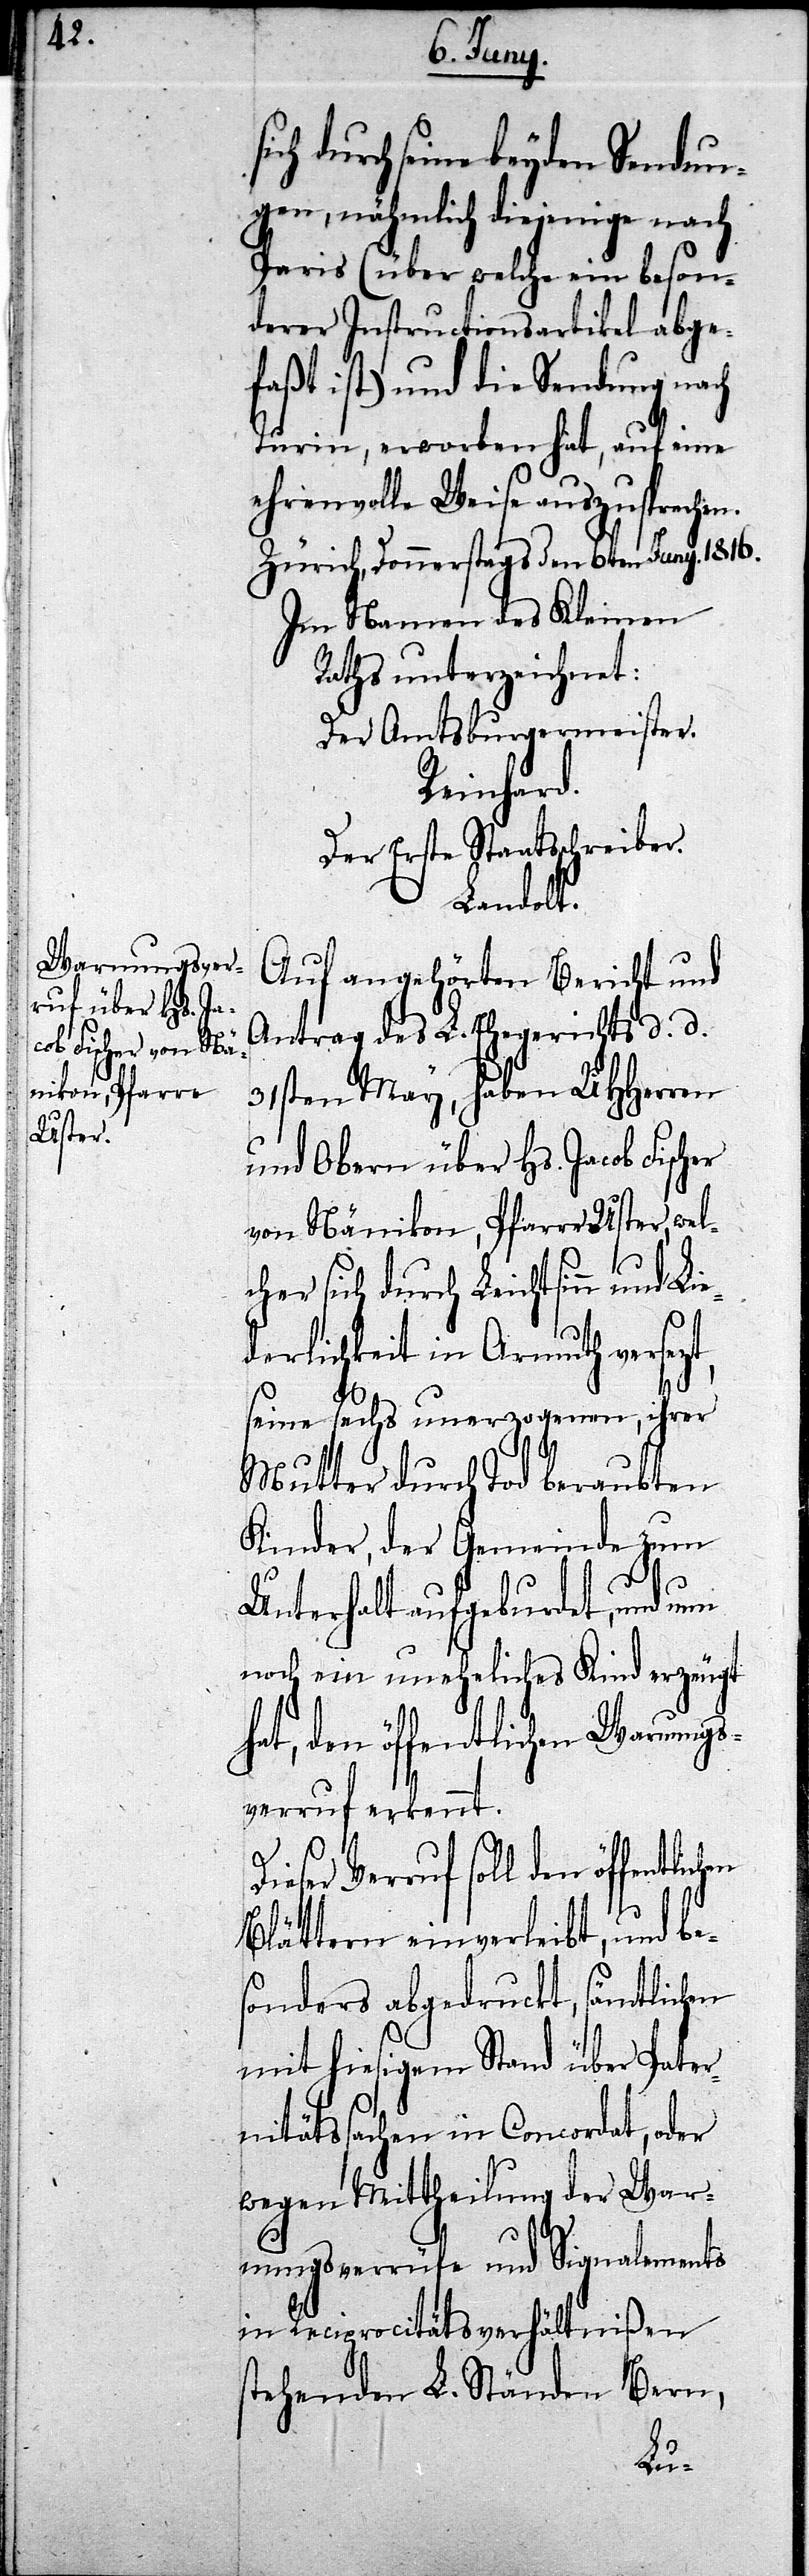
rch seine beyden Sendun¬
gen, nähmlich diejenige nach
Paris (über welche ein beson¬
derer Instructionsartikel abge¬
faßt ist) und die Sendung nach
Turin, erworben hat, auf eine
ehrenvolle Weise anzusprechen.
Zürich, Donnerstags den 6ten Juny. 1816.
Im Namen des Kleinen
Raths unterzeichnet:
Der Amtsburgermeister.
Reinhard.
Der Erste Staatschreiber.
Landolt.
Auf angehörten Bericht und
Antrag des L. Ehegerichts d. d.
31sten May, haben UHHerren
und Obern über Hs. Jacob Fischer
von Nänikon, Pfarre Uster, wel¬
cher sich durch Leichtsinn und
derlichkeit in Armuth versez¬
seine sechs unerzogenen, ihrer
Mutter durch Tod beraubten
Kinder, der Gemeinde zum
Unterhalt aufgeburdet, und nun
noch ein uneheliches Kind erzeugt
hat, den öffentlichen Warnungs¬
verruf erkennt.
chen
eser Verruf soll den öffentli¬
Blättern einverleibt, und be¬
sonders abgedruckt, sämtlichen
mit hiesigem Stand über Pater¬
nitätssachen in Concordat, oder
wegen Mittheilung der War¬
nungsverrüfe und Signalements
in Reciprocitätsverhältnißen
stehenden L. Ständen Bern,
Di¬